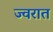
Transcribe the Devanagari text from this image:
ज्वरात